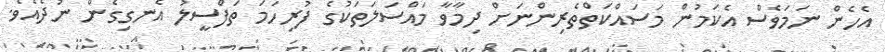
އެހެން ނަމަވެސް އެކަމުން މަސައްކަތްތެރިންނަށް ދިމާވާ މައްސަލަތަކުގެ ފުރިހަމަ ތަފްސީލު އެނގިގެން ނުދެއެވެ.